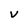
Character: V